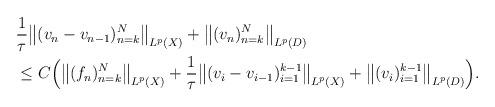
LaTeX: \begin{align*}\begin{aligned}&\frac{1}{\tau}\big\|(v_n-v_{n-1} )_{n=k}^N\big\|_{ L^p(X)} + \big\|(v_n )_{n=k}^N\big\|_{ L^p(D)} \\&\le C\Big(\big\|(f_n)_{n=k}^N\big\|_{ L^p(X)} +\frac{1}{\tau}\big\|(v_i-v_{i-1} )_{i=1}^{k-1}\big\|_{ L^p(X)} + \big\|(v_i )_{i=1}^{k-1}\big\|_{ L^p(D)} \Big) . \end{aligned}\end{align*}